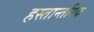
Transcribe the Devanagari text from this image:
हस्तान्तरिक